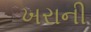
ખરાની